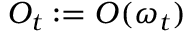
O _ { t } : = O ( \omega _ { t } )